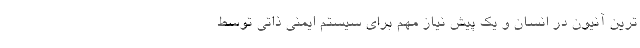
ترین آنیون در انسان و یک پیش نیاز مهم برای سیستم ایمنی ذاتی توسط